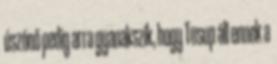
úszónő pedig arra gyanakszik, hogy Tusup áll ennek a